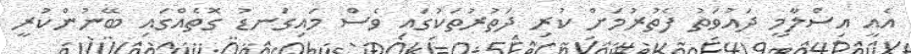
އެއީ އިސްލާމީ ދައުވަތު ފެތުރުމަށް ކުރި ދަތުރުތަކުގައި ވެސް މައިގަނޑު ގޮތެއްގައި ބޭނުންކުރީ